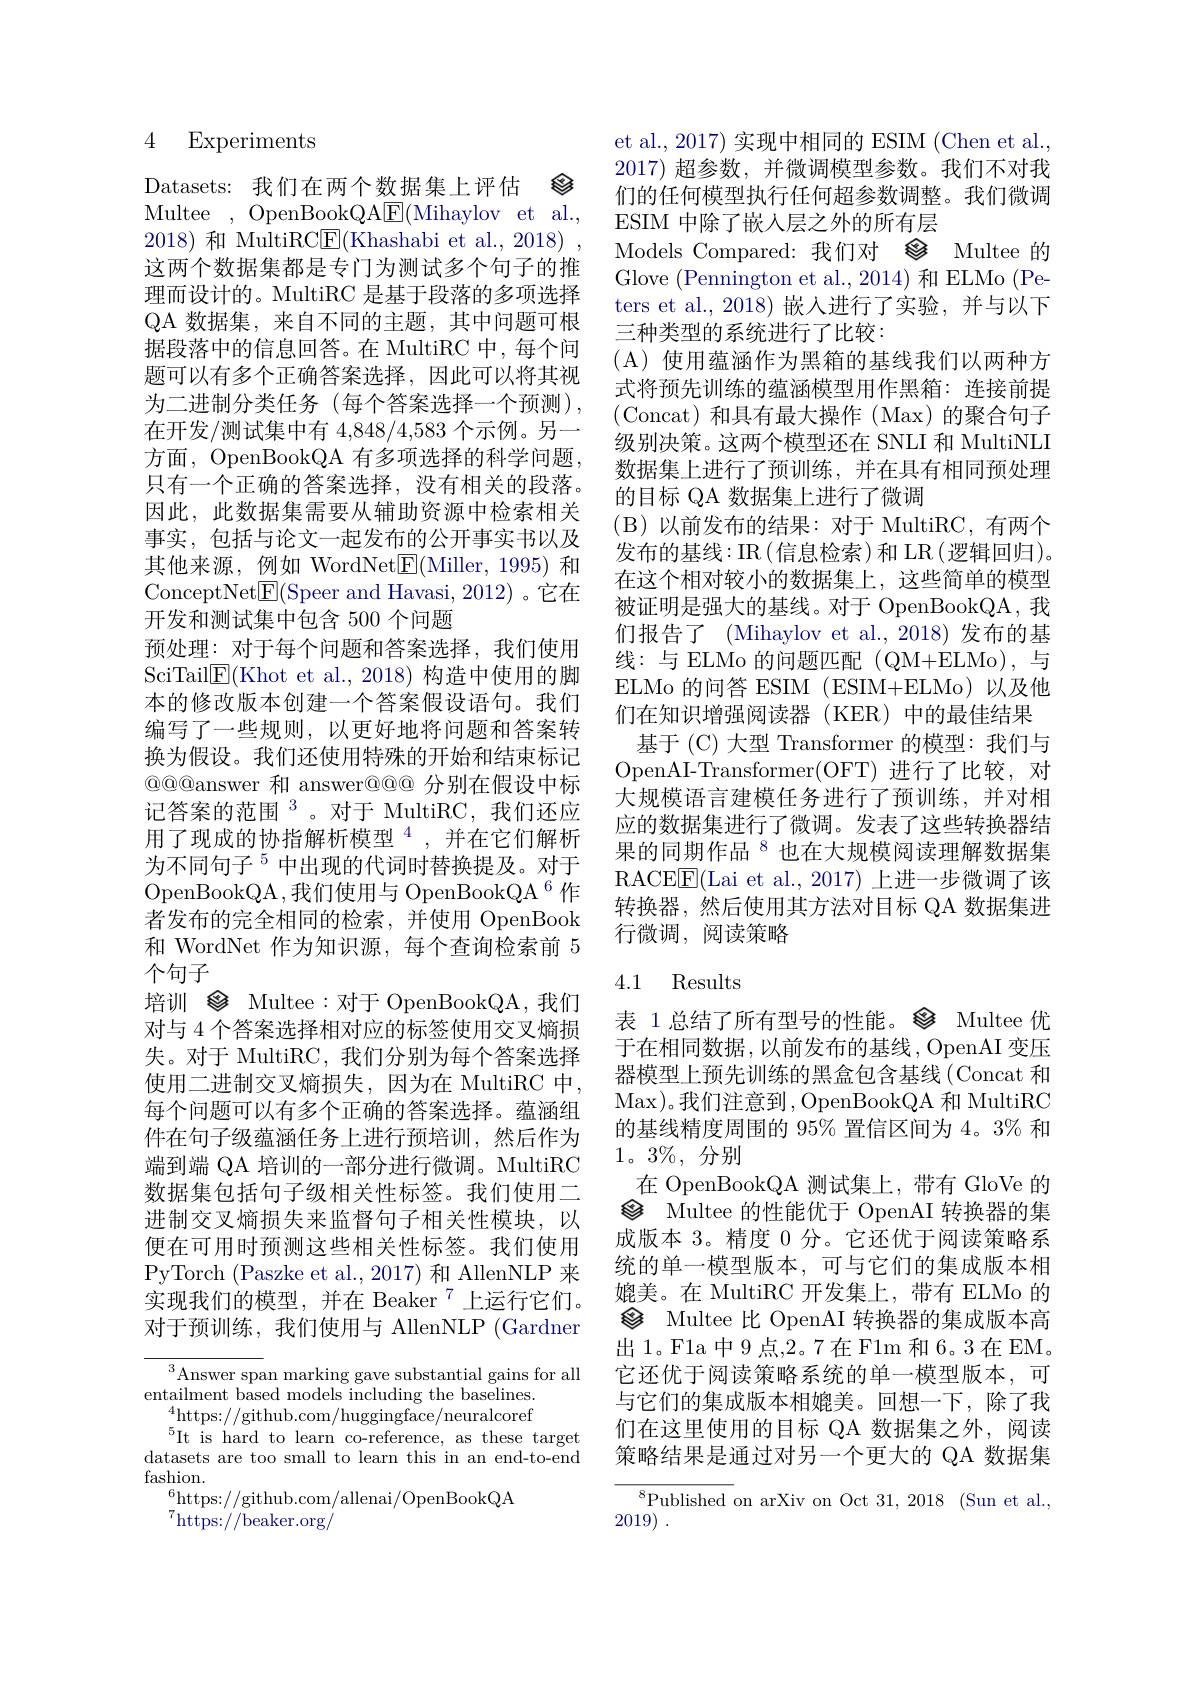
4 Experiments

Datasets: 我们在两个数据集上评估 念Multee ,OpenBookQA$\boxed{\mathrm{E}}($Mihaylov et al., 2018)和 MultiRC$\underline{\mathrm{E}}($Khashabi et al., 2018) , 这两个数据集都是专门为测试多个句子的推理而设计的。MultiRC 是基于段落的多项选择QA 数据集，来自不同的主题，其中问题可根据段落中的信息回答。在 MultiRC 中，每个问题可以有多个正确答案选择，因此可以将其视为二进制分类任务(每个答案选择一个预测), 在开发/测试集中有 4,848/4,583 个示例。另一方面，OpenBookQA 有多项选择的科学问题， 只有一个正确的答案选择，没有相关的段落。因此，此数据集需要从辅助资源中检索相关事实，包括与论文一起发布的公开事实书以及其他来源，例如 WordNet$\boxed{\mathrm{F}}($Miller,1995)和ConceptNet$\underline{\mathrm{E}}($Speer and Havasi, 2012)。它在开发和测试集中包含 500 个问题
预处理：对于每个问题和答案选择，我们使用SciTail$\underline{\mathrm{E}}($Khot et al., 2018)构造中使用的脚本的修改版本创建一个答案假设语句。我们编写了一些规则，以更好地将问题和答案转换为假设。我们还使用特殊的开始和结束标记$\textcircled{\mathrm{Q@@answer}}$和 answer@@@ 分别在假设中标记答案的范围$^3$。对于 MultiRC,我们还应用了现成的协指解析模型$^{4}$,并在它们解析为不同句子$^{5}$中出现的代词时替换提及。对于OpenBookQA,我们使用与 OpenBookQA $^{6}$作者发布的完全相同的检索，并使用 OpenBook 和 WordNet 作为知识源，每个查询检索前 5个句子
培训 參 Multee:对于 OpenBookQA,我们对与 4 个答案选择相对应的标签使用交叉熵损失。对于 MultiRC, 我们分别为每个答案选择使用二进制交叉熵损失，因为在 MultiRC 中， 每个问题可以有多个正确的答案选择。蕴涵组件在句子级蕴涵任务上进行预培训，然后作为端到端 QA 培训的一部分进行微调。MultiRC 数据集包括句子级相关性标签。我们使用二进制交叉熵损失来监督句子相关性模块，以便在可用时预测这些相关性标签。我们使用PyTorch (Paszke et al., 2017) 和 AllenNLP 来实现我们的模型，并在 Beaker$^{7}$上运行它们。对于预训练，我们使用与 AllenNLP (Gardner ${}^{3}{\mathrm{Answer~span~marking~gave~substantial~gains~for~all}}$

entailment based models including the baselines.
$_{\mathrm{-}}^{4}$https://github.com/huggingface/neuralcoref
$^{5}$It is hard to learn co-reference, as these target datasets are too small to learn this in an end-to-end fashion.
$^{6}$https://github.com/allenai/OpenBookQA
$^{7}\tilde{\mathrm{https:}}//$beaker.org/

et al., 2017) 实现中相同的 ESIM (Chen et al., 2017)超参数，并微调模型参数。我们不对我们的任何模型执行任何超参数调整。我们微调ESIM 中除了嵌入层之外的所有层
Models Compared: 我们对$\otimes$ Multee 的Glove (Pennington et al., 2014) 和 ELMo (Peters et al.,2018)嵌入进行了实验，并与以下三种类型的系统进行了比较：
(A) 使用蕴涵作为黑箱的基线我们以两种方式将预先训练的蕴涵模型用作黑箱：连接前提(Concat)和具有最大操作 (Max)的聚合句子级别决策。这两个模型还在 SNLI 和 MultiNLI 数据集上进行了预训练，并在具有相同预处理的目标 QA 数据集上进行了微调
( B) 以前发布的结果：对于 MultiRC,有两个发布的基线：IR(信息检索)和 LR(逻辑回归)。在这个相对较小的数据集上，这些简单的模型被证明是强大的基线。对于 OpenBookQA, 我们报告了 (Mihaylov et al.,2018)发布的基线：与 ELMo 的问题匹配(QM+ELMo),与ELMo 的问答 ESIM (ESIM+ELMo)以及他们在知识增强阅读器(KER)中的最佳结果基于(C)大型 Transformer 的模型：我们与
OpenAI- Transformer( OFT) 进行了比较，对大规模语言建模任务进行了预训练，并对相应的数据集进行了微调。发表了这些转换器结果的同期作品$^{8}$也在大规模阅读理解数据集RACE$\boxed{\mathrm{F}}($Lai et al.,2017)上进一步微调了该转换器，然后使用其方法对目标 QA 数据集进行微调，阅读策略

## 4.1 Results

$1。3\%$,分别

表 1总结了所有型号的性能。念 Multee 优于在相同数据，以前发布的基线，OpenAI 变压器模型上预先训练的黑盒包含基线(Concat 和Max)。我们注意到，OpenBookQA 和 MultiRC 的基线精度周围的 95% 置信区间为 4。3% 和在 OpenBookQA 测试集上，带有 GloVe 的$\otimes$ Multee 的性能优于 OpenAI 转换器的集成版本 3。精度 0 分。它还优于阅读策略系统的单一模型版本，可与它们的集成版本相媲美。在 MultiRC 开发集上，带有 ELMo 的$\textcircled{2}$ Multee 比 OpenAI 转换器的集成版本高出1。Fla 中 9 点，2。7 在 Flm 和 6。3 在 EM。它还优于阅读策略系统的单一模型版本，可与它们的集成版本相媲美。回想一下，除了我们在这里使用的目标 QA 数据集之外，阅读策略结果是通过对另一个更大的 QA 数据集

$^{8}$Published on arXiv on Oct 31, 2018$\allowbreak ( {\mathrm{mod}} $Sun et al. ),
2019) .